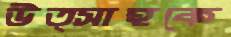
উত্সাহকে